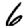
Digit: 6